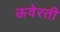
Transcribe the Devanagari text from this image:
ऊवेरती